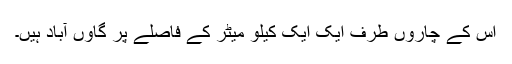
اس کے چاروں طرف ایک ایک کیلو میٹر کے فاصلے پر گاوں آباد ہیں۔